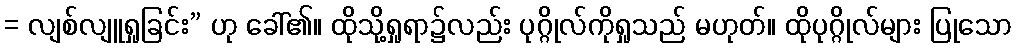
= လျစ်လျူရှုခြင်း” ဟု ခေါ်၏။ ထိုသို့ရှုရာ၌လည်း ပုဂ္ဂိုလ်ကိုရှုသည် မဟုတ်။ ထိုပုဂ္ဂိုလ်များ ပြုသော